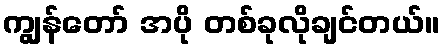
ကျွန်တော် အပို တစ်ခုလိုချင်တယ်။